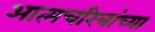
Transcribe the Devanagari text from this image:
आत्मचरित्रांच्या